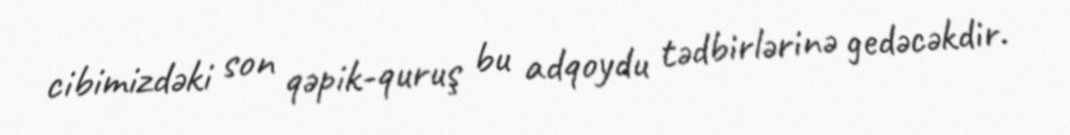
cibimizdəki son qəpik-quruş bu adqoydu tədbirlərinə gedəcəkdir.